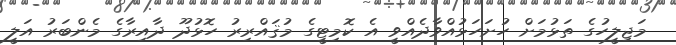
މަޖިލީހުގެ ތަޅުމަށް ހުށަހަޅުއްވާދެއްވީ އެ ކޮމިޓީގެ މުޤައްރިރު ހޮޅުދޫ ދާއިރާގެ މެންބަރު އަލީ